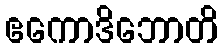
ဧကောဒိဘောတိ